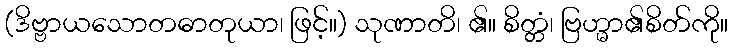
(ဒိဗ္ဗာယသောတဓာတုယာ၊ ဖြင့်။) သုဏာတိ၊ ၏။ စိတ္တံ၊ ဗြဟ္မာ၏စိတ်ကို။